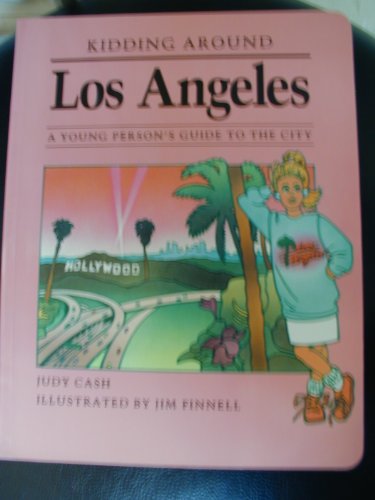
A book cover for Kidding Around Los Angeles: A Young Person's Guide to the City; Judy Cash; Teen & Young Adult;